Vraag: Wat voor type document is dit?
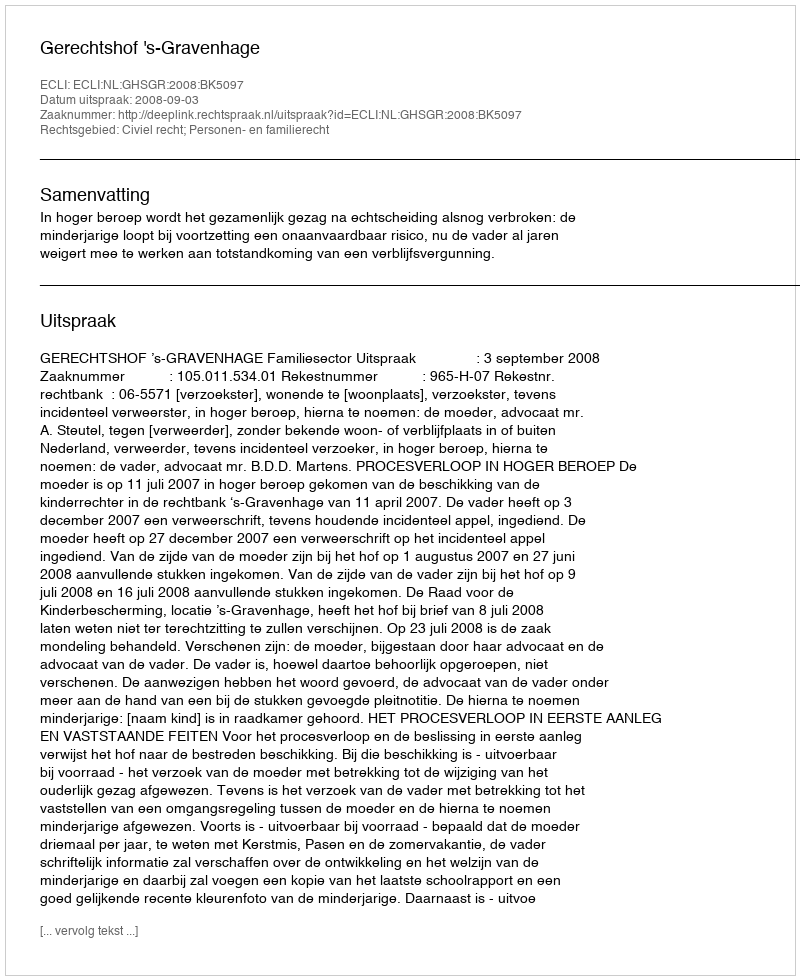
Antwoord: Uitspraak